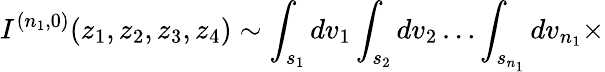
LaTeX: I^{(n_{1},0)}(z_{1},z_{2},z_{3},z_{4})\sim\int_{s_{1}}dv_{1}\int_{s_{2}}dv_{2}\ldots\int_{s_{n_{1}}}dv_{n_{1}}\times